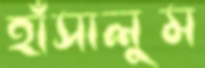
হাঁসালুম